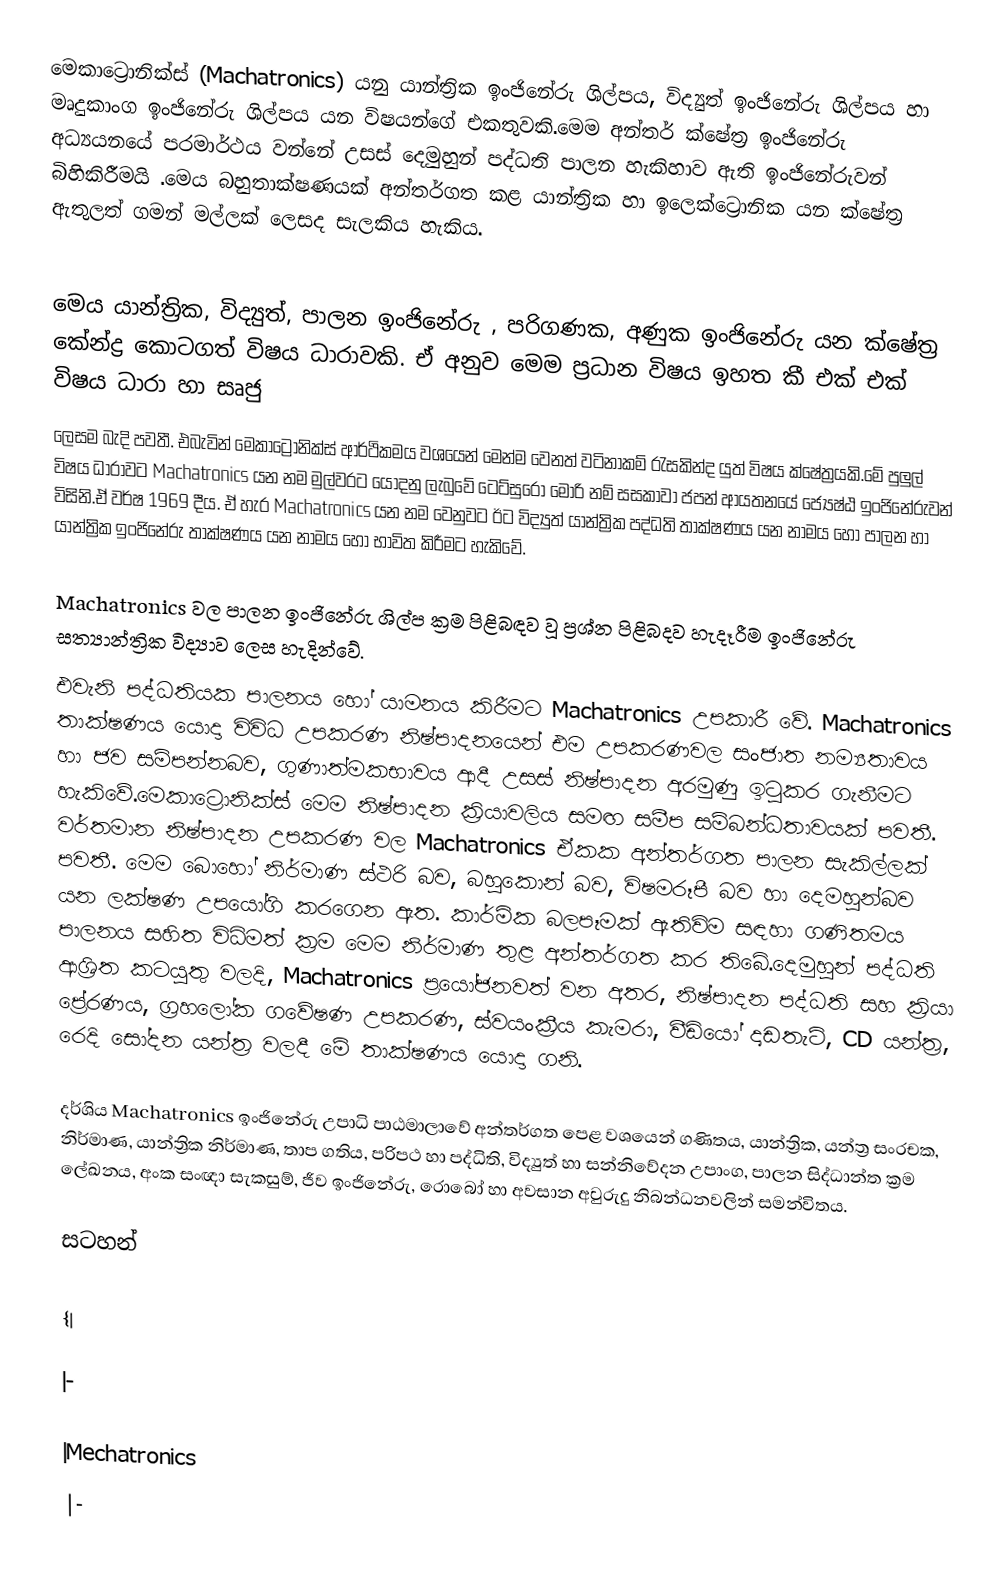
මෙකාට්‍රොනික්ස් (Machatronics) යනු යාන්ත්‍රික ඉංජිනේරු ශිල්පය, විද්‍යුත් ඉංජිනේරු ශිල්පය හා මෘදුකාංග ඉංජිනේරු ශිල්පය යන විෂයන්ගේ එකතුවකි.මෙම අන්තර් ක්ෂේත්‍ර ඉංජිනේරු අධ්‍යයනයේ පරමාර්ථය වන්නේ උසස් දෙමුහුන් පද්ධති පාලන හැකිහාව ඇති ඉංජිනේරුවන් බිහිකිරීමයි .මෙය බහුතාක්ෂණයක් අන්තර්ගත කළ යාන්ත්‍රික හා ඉලෙක්ට්‍රොනික යන ක්ෂේත්‍ර ඇතුලත් ගමන් මල්ලක් ලෙසද සැලකිය හැකිය.

මෙය යාන්ත්‍රික, විද්‍යුත්, පාලන ඉංජිනේරු , පරිගණක, අණුක ඉංජිනේරු යන ක්ෂේත්‍ර කේන්ද්‍ර කොටගත් විෂය  ධාරාවකි. ඒ අනුව මෙම ප්‍රධාන විෂය ඉහත කී එක් එක් විෂය ධාරා හා සෘජු
ලෙසම බැදි පවතී. එබැවින් මෙකාට්‍රොනික්ස් ආර්ථිකමය වශයෙන් මෙන්ම වෙනත් වටිනාකම්  රැසකින්ද යුත් විෂය ක්ෂේත්‍රයකි.මේ පුලුල් විෂය ධාරාවට  Machatronics  යන නම මුල්වරට යොදනු ලැබුවේ  ටෙට්සුරෝ මෝරි නම් සසකාවා ජපන් ආයතනයේ ජ්‍යෙෂ්ඨ ඉංජිනේරුවන් විසිනි.ඒ වර්ෂ 1969 දීය. ඒ හැර  Machatronics යන නම වෙනුවට ඊට විද්‍යුත් යාන්ත්‍රික පද්ධති තාක්ෂණය යන නාමය හෝ පාලන හා යාන්ත්‍රික ඉංජිනේරු තාක්ෂණය යන නාමය හෝ භාවිත කිරීමට  හැකිවේ.

Machatronics වල පාලන ඉංජිනේරු ශිල්ප ක්‍රම පිළිබඳව වූ ප්‍රශ්න පිළිබදව හැදෑරීම ඉංජිනේරු සත්‍යාන්ත්‍රික විද්‍යාව ලෙස හැදින්වේ.
එවැනි පද්ධතියක පාලනය හෝ යාමනය කිරීමට Machatronics උපකාරී වේ. Machatronics තාක්ෂණය යොදා විවිධ උපකරණ  නිෂ්පාදනයෙන්  එම උපකරණවල සංජාත නම්‍යතාවය හා ජව සම්පන්නබව, ගුණාත්මකභාවය ආදී උසස් නිෂ්පාදන අරමුණු ඉටුකර ගැනීමට හැකිවේ.මෙකාට්‍රොනික්ස් මෙම නිෂ්පාදන ක්‍රියාවලිය සමඟ සමීප සම්බන්ධතාවයක් පවතී. වර්තමාන නිෂ්පාදන උපකරණ වල Machatronics ඒකක අන්තර්ගත පාලන සැකිල්ලක් පවතී. මෙම බොහෝ නිර්මාණ ස්ථරි බව, බහුකොන් බව, විෂමරූපී බව හා දෙමහුන්බව යන ලක්ෂණ උපයෝගි කරගෙන ඇත. කාර්මික බලපෑමක් ඇතිවිම සඳහා ගණිතමය පාලනය සහිත විධිමත් ක්‍රම මෙම නිර්මාණ තුළ අන්තර්ගත කර තිබේ.දෙමුහුන් පද්ධති ආශ්‍රිත කටයුතු වලදි, Machatronics ප්‍රයෝජනවත් වන අතර, නිෂ්පාදන පද්ධති සහ ක්‍රියා ප්‍රේරණය, ග්‍රහලෝක ගවේෂණ උපකරණ, ස්වයංක්‍රීය කැමරා, වීඩියෝ දෘඩතැටි, CD යන්ත්‍ර, රෙදි සෝදන යන්ත්‍ර වලදී මේ තාක්ෂණය යොදා ගනි.

දර්ශිය Machatronics ඉංජිනේරු උපාධි පාඨමාලාවේ අන්තර්ගත පෙළ වශයෙන් ගණිතය, යාන්ත්‍රික, යන්ත්‍ර සංරචක, නිර්මාණ, යාන්ත්‍රික නිර්මාණ, තාප ගතිය, පරිපථ හා පද්ධිති, විද්‍යුත් හා සන්නිවේදන උපාංග, පාලන සිද්ධාන්ත ක්‍රම ‍‍ලේඛනය, අංක සංඥා සැකසුම්, ජීව ඉංජිනේරු, රොබෝ හා අවසාන අවුරුදු නිබන්ධනවලින් සමන්විතය.

සටහන්

{|

|-

|Mechatronics
|-